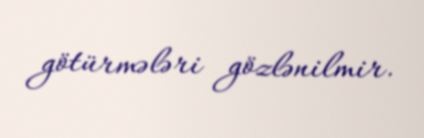
götürmələri gözlənilmir.